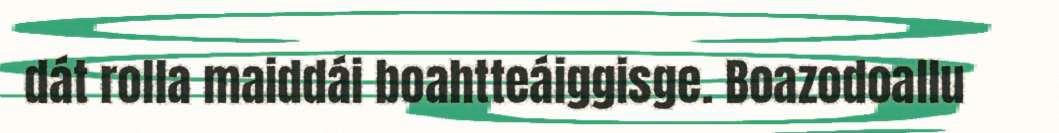
dát rolla maiddái boahtteáiggisge. Boazodoallu